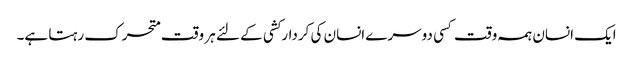
ایک انسان ہمہ وقت کسی دوسرے انسان کی کردارکشی کے لئے ہر وقت متحرک رہتا ہے۔